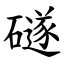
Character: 礈